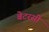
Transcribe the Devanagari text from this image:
बेटरसी